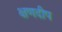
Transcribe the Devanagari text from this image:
क्षणदीप